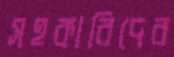
সহকারিদের